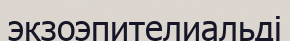
экзоэпителиальді